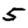
Digit: 5